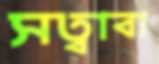
সত্বাবা